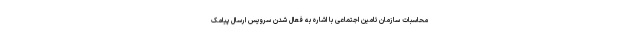
محاسبات سازمان تامین اجتماعی با اشاره به فعال شدن سرویس ارسال پیامک